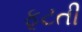
ફૂટતી